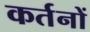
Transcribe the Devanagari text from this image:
कर्तनों